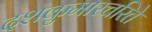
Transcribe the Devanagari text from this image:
दशकुमारचरिते